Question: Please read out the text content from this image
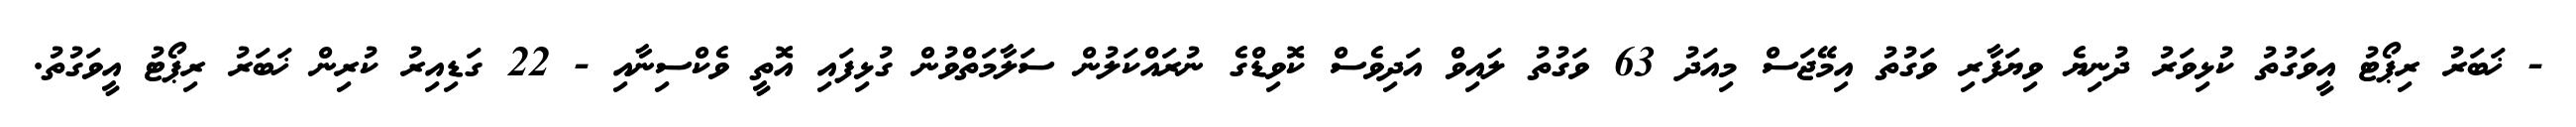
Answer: - ޚަބަރު ރިޕޯޓު އީވަގުތު ކުޅިވަރު ދުނިޔެ ވިޔަފާރި ވަގުތު އިމޭޖަސް މިއަދު 63 ވަގުތު ލައިވް އަދިވެސް ކޮވިޑްގެ ނުރައްކަލުން ސަލާމަތްވުން ގުޅިފައި އޮތީ ވެކްސިނާއި - 22 ގަޑިއިރު ކުރިން ޚަބަރު ރިޕޯޓު އީވަގުތު.